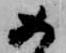
如